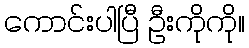
ကောင်းပါပြီ ဦးကိုကို။